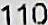
110